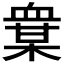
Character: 𧗅